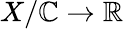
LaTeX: X/\mathbb{C}\to\mathbb{{R}}